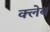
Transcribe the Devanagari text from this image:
क्लेब